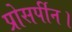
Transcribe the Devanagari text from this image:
प्रोसर्पीन।